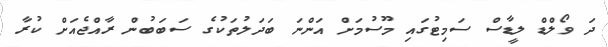
ދަ ވޯލްޑް ލީޑާސް ސަމިޓުގައި މޫސުމަށް އަންނަ ބަދަލުތަކުގެ ސަބަބުން ރާއްޖެއަށް ކުރާ